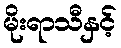
မိုးရာသီနှင့်